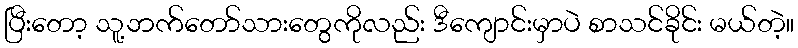
ပြီးတော့ သူ့ဘက်တော်သားတွေကိုလည်း ဒီကျောင်းမှာပဲ စာသင်ခိုင်း မယ်တဲ့။